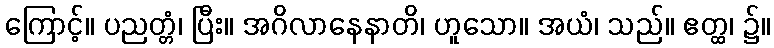
ကြောင့်။ ပညတ္တံ၊ ပြီး။ အဂိလာနေနာတိ၊ ဟူသော။ အယံ၊ သည်။ ဧတ္ထ၊ ၌။